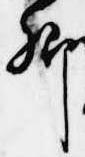
卿